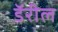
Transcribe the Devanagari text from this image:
डॅरील